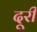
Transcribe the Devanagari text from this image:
दूरी